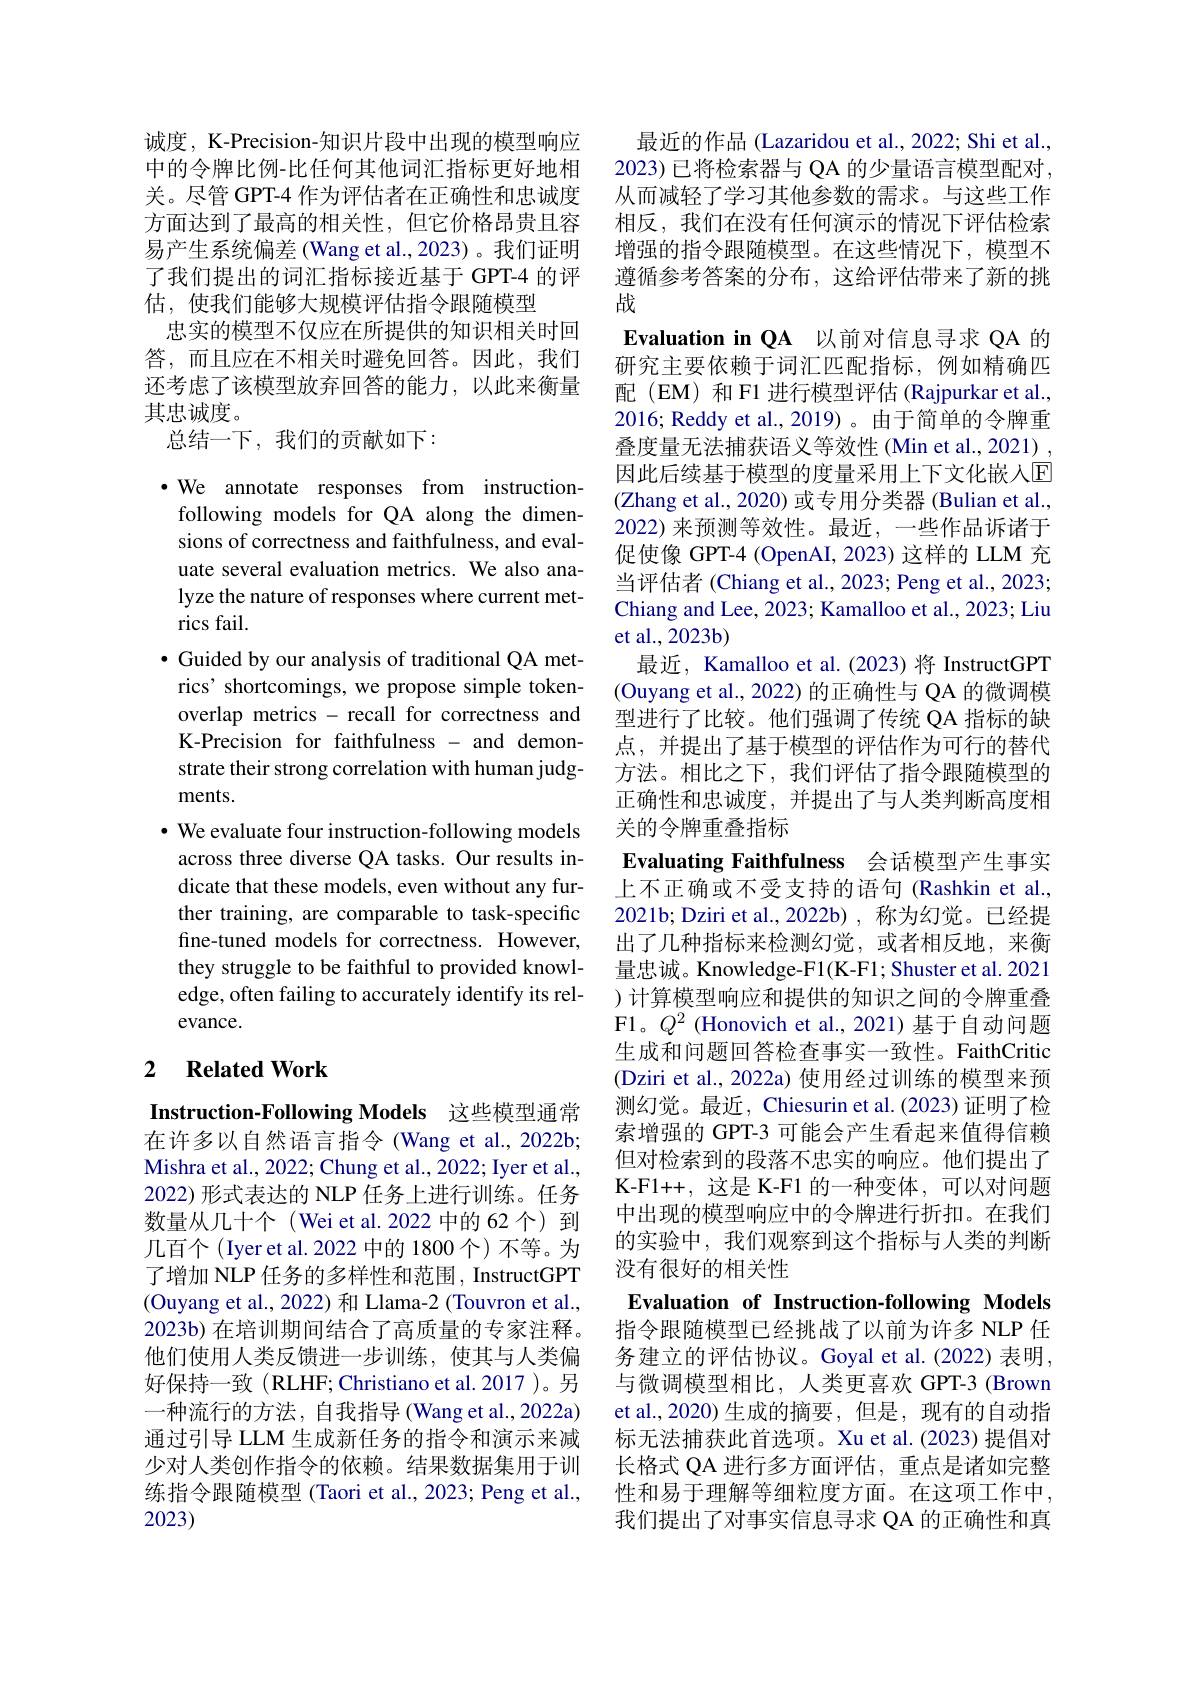
诚度，K-Precision-知识片段中出现的模型响应中的令牌比例-比任何其他词汇指标更好地相关。尽管 GPT-4 作为评估者在正确性和忠诚度方面达到了最高的相关性，但它价格昂贵且容易产生系统偏差 (Wang et al.,2023) 。我们证明了我们提出的词汇指标接近基于 GPT-4 的评估，使我们能够大规模评估指令跟随模型
忠实的模型不仅应在所提供的知识相关时回答，而且应在不相关时避免回答。因此，我们还考虑了该模型放弃回答的能力，以此来衡量其忠诚度。
总结一下，我们的贡献如下：

$\cdot$ We annotate responses from instructionfollowing models for QA along the dimensions of correctness and faithfulness, and evaluate several evaluation metrics. We also analyze the nature of responses where current metrics fail.
$\bullet$ Guided by our analysis of traditional QA metrics' shortcomings, we propose simple tokenoverlap metrics - recall for correctness and K-Precision for faithfulness - and demonstrate their strong correlation with human judgments.
$\cdot$ We evaluate four instruction-following models across three diverse QA tasks. Our results indicate that these models, even without any further training, are comparable to task-specific fine-tuned models for correctness. However, they struggle to be faithful to provided knowledge, often failing to accurately identify its relevance.

## 2 $\textbf{Related Work}$

Instruction-Following Models 这些模型通常

在许多以自然语言指令(Wang et al.,2022b; Mishra et al., 2022; Chung et al., 2022; Iyer et al., 2022) 形式表达的 NLP 任务上进行训练。任务数量从几十个(Wei et al. 2022 中的 62 个) 到几百个(Iyer et al. 2022 中的 1800 个) 不等。为了增加 NLP 任务的多样性和范围，InstructGPT (Ouyang et al., 2022) 和 Llama-2 (Touvron et al., 2023b) 在培训期间结合了高质量的专家注释。他们使用人类反馈进一步训练，使其与人类偏好保持一致 (RLHF; Christiano et al. 2017 )。另一种流行的方法，自我指导(Wang et al.,2022a) 通过引导 LLM 生成新任务的指令和演示来减少对人类创作指令的依赖。结果数据集用于训练指令跟随模型 (Taori et al., 2023; Peng et al., 2023)

最近的作品 (Lazaridou et al., 2022; Shi et al., 2023) 已将检索器与 QA 的少量语言模型配对， 从而减轻了学习其他参数的需求。与这些工作相反，我们在没有任何演示的情况下评估检索增强的指令跟随模型。在这些情况下，模型不遵循参考答案的分布，这给评估带来了新的挑战
Evaluation in QA 以前对信息寻求 QA 的研究主要依赖于词汇匹配指标，例如精确匹配(EM) 和 F1 进行模型评估 (Rajpurkar et al., 2016; Reddy et al., 2019) 。由于简单的令牌重叠度量无法捕获语义等效性(Min et al., 2021) , 因此后续基于模型的度量采用上下文化嵌人$\mathbb{E}$ (Zhang et al., 2020) 或专用分类器 (Bulian et al., 2022) 来预测等效性。最近，一些作品诉诸于促使像 GPT-4 (OpenAI, 2023) 这样的 LLM 充当评估者 (Chiang et al., 2023; Peng et al., 2023; Chiang and Lee, 2023; Kamalloo et al., 2023; Liu et al., 2023b)
最近，Kamalloo et al.(2023)将 InstructGPT (Ouyang et al., 2022) 的正确性与 QA 的微调模型进行了比较。他们强调了传统 QA 指标的缺点，并提出了基于模型的评估作为可行的替代方法。相比之下，我们评估了指令跟随模型的正确性和忠诚度，并提出了与人类判断高度相关的令牌重叠指标
Evaluating Faithfulness 会话模型产生事实上不正确或不受支持的语句 (Rashkin et al., 2021b;Dziri et al.,2022b),称为幻觉。已经提出了几种指标来检测幻觉，或者相反地，来衡量忠诚。Knowledge-F1(K-F1; Shuster et al. 2021 ) 计算模型响应和提供的知识之间的令牌重叠F1。$Q^{2}$ (Honovich et al.,2021)基于自动问题生成和问题回答检查事实一致性。FaithCritic (Dziri et al., 2022a) 使用经过训练的模型来预测幻觉。最近，Chiesurin et al.(2023) 证明了检索增强的 GPT-3 可能会产生看起来值得信赖但对检索到的段落不忠实的响应。他们提出了K-Fl++,这是 K-F1 的一种变体，可以对问题中出现的模型响应中的令牌进行折扣。在我们的实验中，我们观察到这个指标与人类的判断没有很好的相关性
Evaluation of Instruction-following Models 指令跟随模型已经挑战了以前为许多 NLP 任务建立的评估协议。Goyal et al.(2022) 表明， 与微调模型相比，人类更喜欢 GPT-3 (Brown et al.,2020)生成的摘要，但是，现有的自动指

标无法捕获此首选项。Xu et al.(2023) 提倡对长格式 QA 进行多方面评估，重点是诸如完整性和易于理解等细粒度方面。在这项工作中， 我们提出了对事实信息寻求 QA 的正确性和真